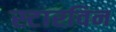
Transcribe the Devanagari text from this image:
स्टारविन